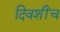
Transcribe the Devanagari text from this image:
दिवशींच